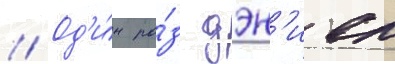
// Од'и́н ра́з дэн'иел